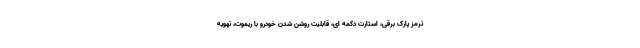
ترمز پارک برقی، استارت دکمه ای، قابلیت روشن شدن خودرو با ریموت، تهویه